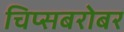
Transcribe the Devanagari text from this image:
चिप्सबरोबर